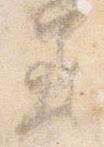
着